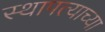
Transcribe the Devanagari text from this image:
स्थापत्याच्या